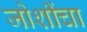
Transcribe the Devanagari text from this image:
जोशींचा